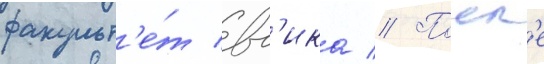
факульт'е́т вг'ика // Посл'е